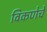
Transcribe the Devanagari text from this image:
विकणेचे